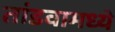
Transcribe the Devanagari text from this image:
तांडवामध्ये